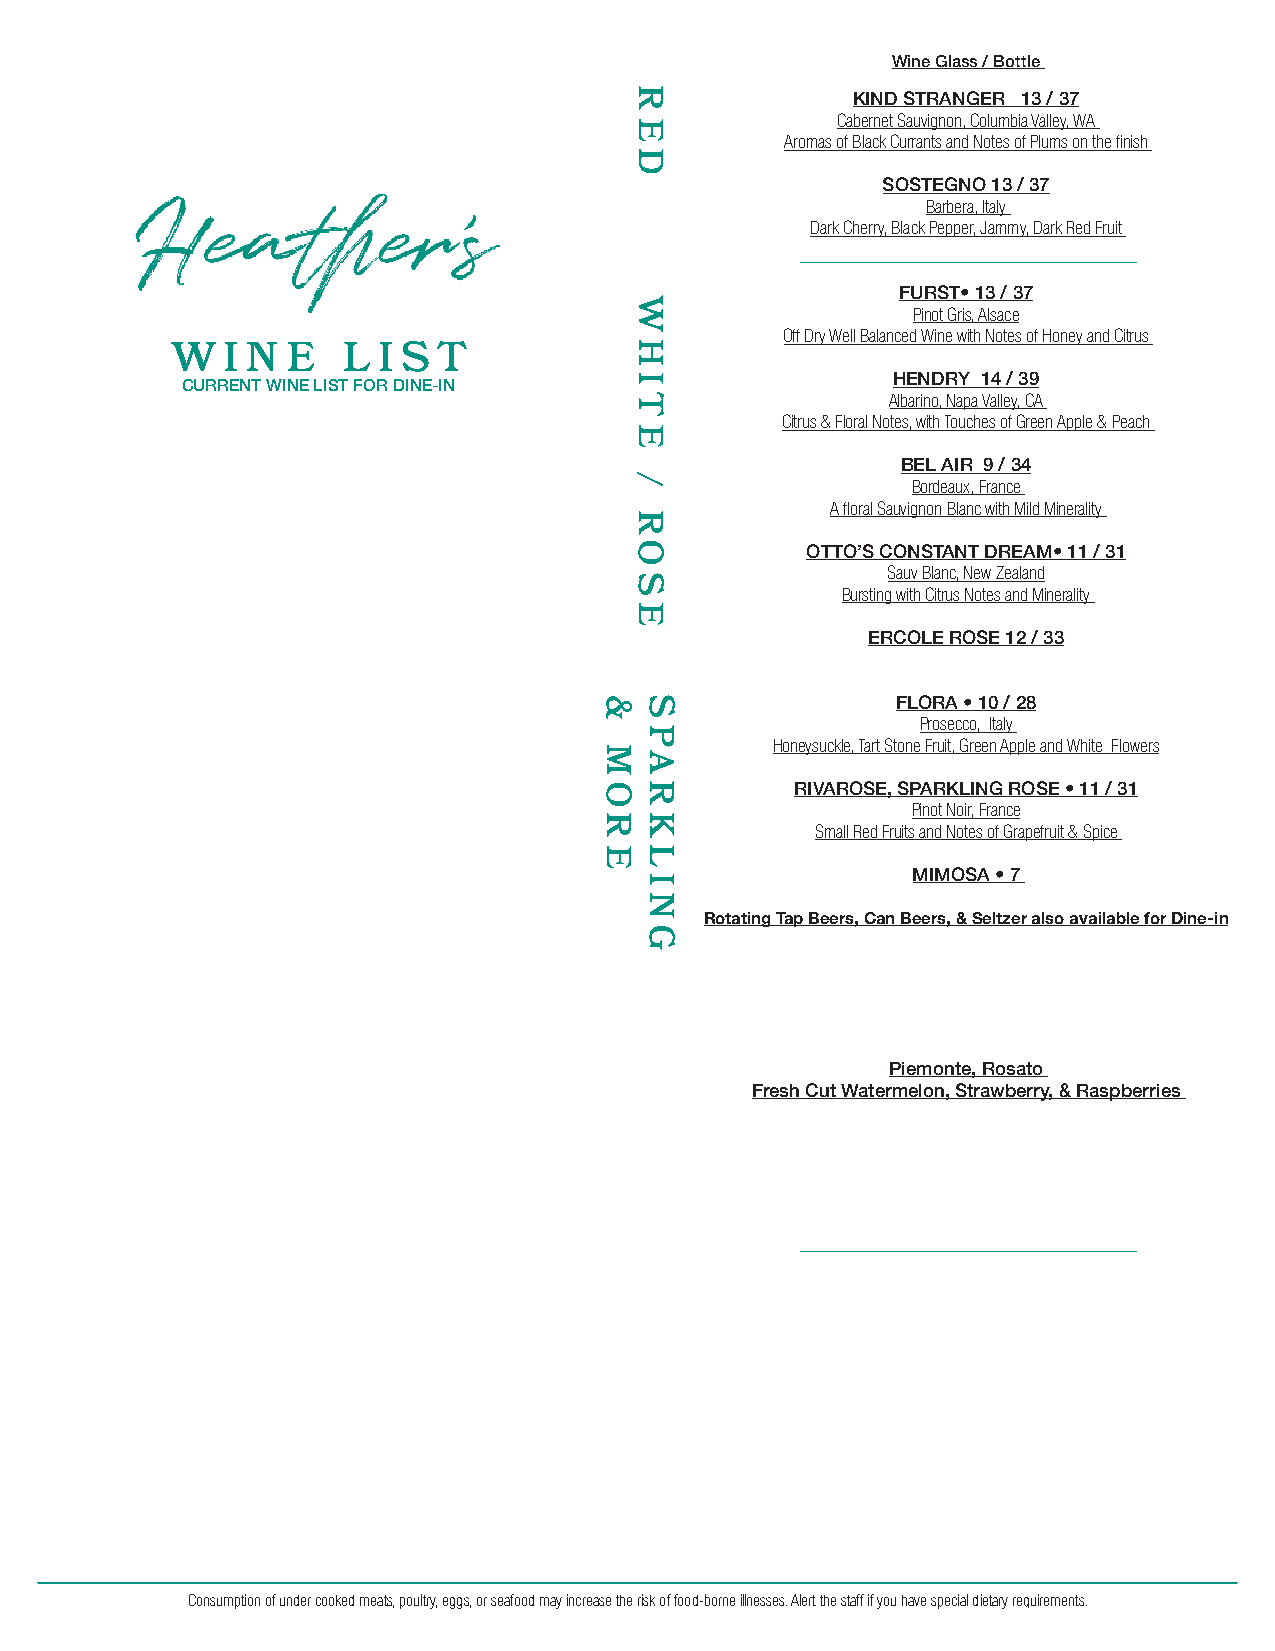
Wine Glass / Bottle
 KIND STRANGER 13 / 37
 Cabernet Sauvignon, Columbia Valley, WA
 Aromas of Black Currants and Notes of Plums on the finish
 SOSTEGNO 13 / 37
 Barbera, Italy
 Dark Cherry, Black Pepper, Jammy, Dark Red Fruit
 FURST• 13 / 37
 Pinot Gris, Alsace
 Off Dry Well Balanced Wine with Notes of Honey and Citrus
 W   I N E   L I ST
 HENDRY 14 / 39
 CURRENT WINE LIST FOR DINE-IN
 Albarino, Napa Valley, CA
 Citrus & Floral Notes, with Touches of Green Apple & Peach
 BEL AIR 9 / 34
 Bordeaux, France
 A floral Sauvignon Blanc with Mild Minerality
 OTTO’S CONSTANT DREAM• 11 / 31
 Sauv Blanc, New Zealand
 Bursting with Citrus Notes and Minerality
 ERCOLE ROSE 12 / 33
 FLORA • 10 / 28
 Prosecco, Italy
 Honeysuckle, Tart Stone Fruit, Green Apple and White Flowers
 RIVAROSE, SPARKLING ROSE • 11 / 31
 Pinot Noir, France
 Small Red Fruits and Notes of Grapefruit & Spice
 MIMOSA • 7
 Rotating Tap Beers, Can Beers, & Seltzer also available for Dine-in
 Piemonte, Rosato
 Fresh Cut Watermelon, Strawberry, & Raspberries
 Consumption of under cooked meats, poultry, eggs, or seafood may increase the risk of food-borne illnesses. Alert the staff if you have special dietary requirements.
 &
 MORE
 RED
 WHITE
 /
 ROSE
 SPAR
 KLING